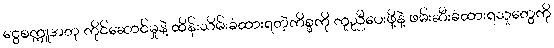
ငွေစက္ကူအတု ကိုင်ဆောင်မှုနဲ့ ထိန်းသိမ်းခံထားရတဲ့ကိစ္စကို ကူညီပေးဖို့နဲ့ ဖမ်းဆီးခံထားရသူတွေကို